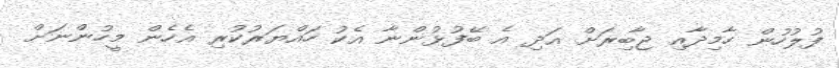
ފުލުހުން ހާމިދާއި ޖާބިރަށް އަދި އެ ބޭފުޅުންނާ އެކު ހައްޔަރުކުރި އެހެން މީހުންނަށް